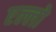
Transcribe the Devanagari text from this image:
एल्लो